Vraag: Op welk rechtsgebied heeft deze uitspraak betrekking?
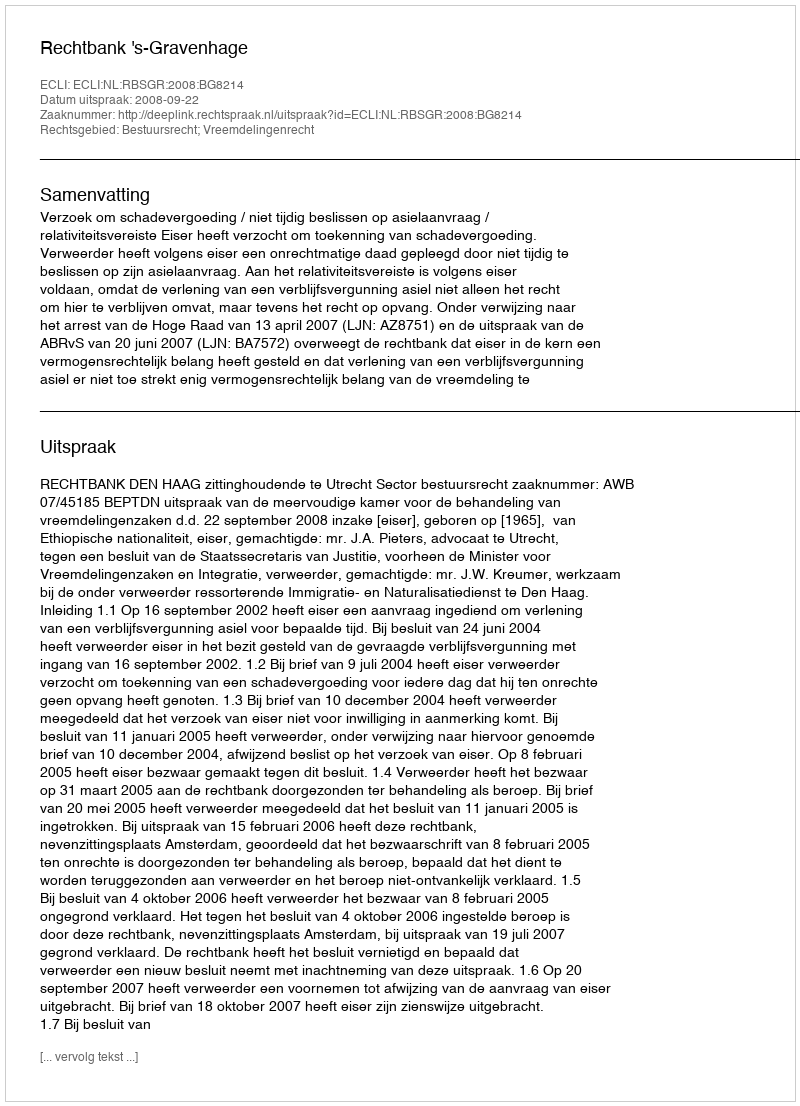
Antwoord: Bestuursrecht; Vreemdelingenrecht